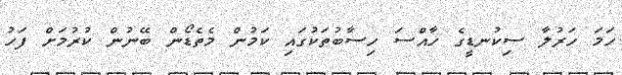
ހަމަ ހަރުލާ ސިކުނޑީގެ ހާއްސަ ހިސާބުތަކުގައި ކަމުން މެތެޑޯން ބޭނުން ކުރުމަށް ފަހު